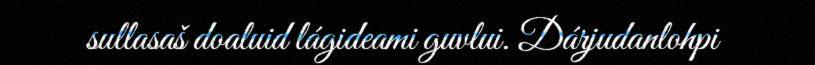
sullasaš doaluid lágideami guvlui. Dárjudanlohpi